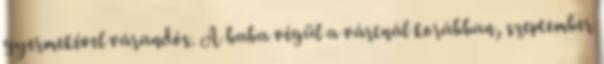
gyermekével várandós. A baba végül a vártnál korábban, szeptember